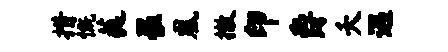
措慨蕤罹凰撤印爵夭遇